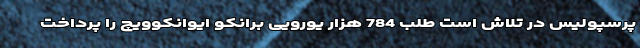
پرسپولیس در تلاش است طلب 784 هزار یورویی برانکو ایوانکوویچ را پرداخت